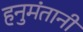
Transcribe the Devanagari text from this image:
हनुमंतानी